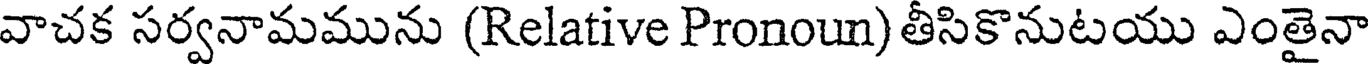
వాచక సర్వనామమును (Relative Pronoun) తీసికొనుటయు ఎంతైనా